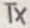
Text: TX